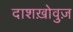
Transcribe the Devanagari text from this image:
दाशख़ोवुज़